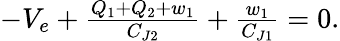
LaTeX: \begin{array}{r}{-V_{e}+\frac{Q_{1}+Q_{2}+w_{1}}{C_{J2}}+\frac{w_{1}}{C_{J1}}=0.}\end{array}